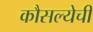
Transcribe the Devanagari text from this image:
कौसल्येची